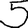
Digit: 5